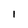
Character: 1